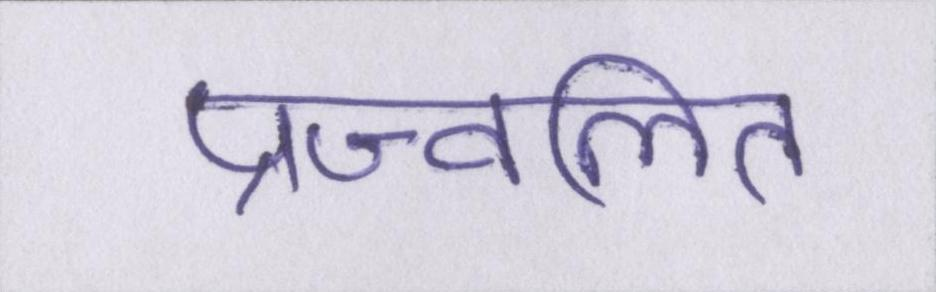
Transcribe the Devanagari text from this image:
प्रज्वलित